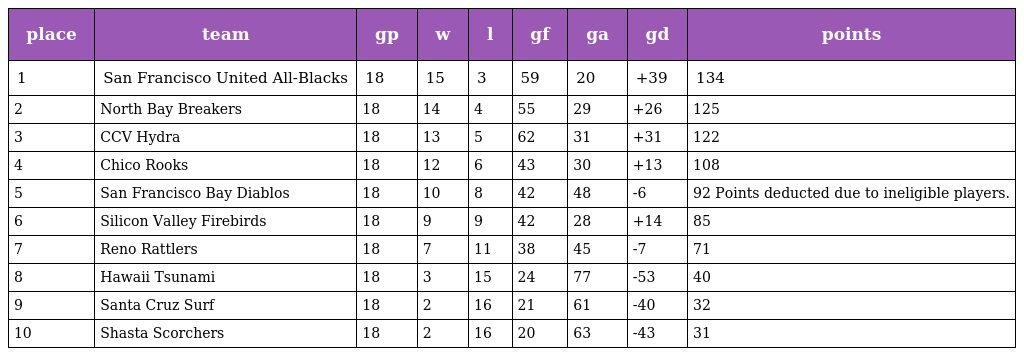
| place | team | gp | w | l | gf | ga | gd | points |
 | --- | --- | --- | --- | --- | --- | --- | --- | --- |
 | 1 | San Francisco United All-Blacks | 18 | 15 | 3 | 59 | 20 | +39 | 134 |
 | 2 | North Bay Breakers | 18 | 14 | 4 | 55 | 29 | +26 | 125 |
 | 3 | CCV Hydra | 18 | 13 | 5 | 62 | 31 | +31 | 122 |
 | 4 | Chico Rooks | 18 | 12 | 6 | 43 | 30 | +13 | 108 |
 | 5 | San Francisco Bay Diablos | 18 | 10 | 8 | 42 | 48 | -6 | 92 Points deducted due to ineligible players. |
 | 6 | Silicon Valley Firebirds | 18 | 9 | 9 | 42 | 28 | +14 | 85 |
 | 7 | Reno Rattlers | 18 | 7 | 11 | 38 | 45 | -7 | 71 |
 | 8 | Hawaii Tsunami | 18 | 3 | 15 | 24 | 77 | -53 | 40 |
 | 9 | Santa Cruz Surf | 18 | 2 | 16 | 21 | 61 | -40 | 32 |
 | 10 | Shasta Scorchers | 18 | 2 | 16 | 20 | 63 | -43 | 31 |